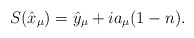
\begin{align*}{S}(\hat{x}_\mu)=\hat{y}_\mu+ia_\mu(1-n).\end{align*}